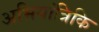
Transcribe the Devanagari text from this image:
अभियांत्रिकि